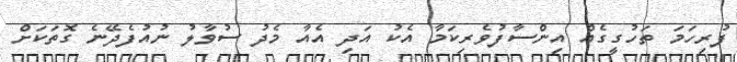
ފުރިހަމަ ތަހުގީގެއް އިންސާފުވެރިކަމާ އެކު އަދި އެއާ މެދު ސުވާލު ނުއުފެދޭނެ ގޮތަކަށް